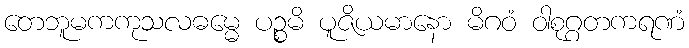
တေဘူမကကုသလဓမ္မေ ပဉ္စမိ ပူဇိယမာနော မိဂဝံ ဝါစုဂ္ဂတကရဏံ